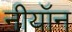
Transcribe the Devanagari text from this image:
नीयॉन